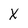
Character: X